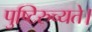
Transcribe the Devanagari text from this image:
पुष्टिरुच्यते।